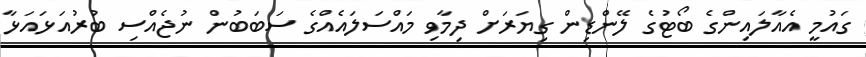
ގައުމީ އެއާލައިންގެ ބޯޓުގެ ލޭންޑިން ގިޔަރަށް ދިމާވި މައްސަލައެއްގެ ސަބަބުން ނުޖެއްސި ބުރުއަޅައަޅާ